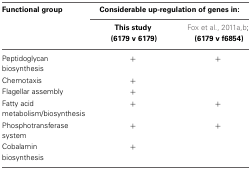
<table><thead><tr><td><b>Functional group</b></td><td colspan="2"><b>Considerable up-regulation of genes in:</b></td></tr><tr><td>[EMPTY_CELL]</td><td><b>This study (6179 v 6179)</b></td><td><b>Fox et al., 2011a,b; (6179 v f6854)</b></td></tr></thead><tbody><tr><td>Peptidoglycan biosynthesis</td><td>+</td><td>+</td></tr><tr><td>Chemotaxis</td><td>+</td><td>[EMPTY_CELL]</td></tr><tr><td>Flagellar assembly</td><td>+</td><td>[EMPTY_CELL]</td></tr><tr><td>Fatty acid metabolism/biosynthesis</td><td>+</td><td>+</td></tr><tr><td>Phosphotransferase system</td><td>+</td><td>+</td></tr><tr><td>Cobalamin biosynthesis</td><td>+</td><td>[EMPTY_CELL]</td></tr></tbody></table>